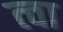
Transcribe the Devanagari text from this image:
त्‍वा